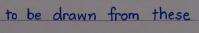
to be drawn from these